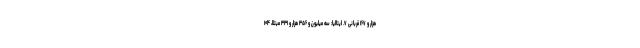
هزار و ۱۶۷ قربانی ۷. ایتالیا: سه میلیون و ۳۵۶ هزار و ۳۳۱ مبتلا، ۱۰۴